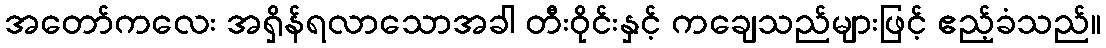
အတော်ကလေး အရှိန်ရလာသောအခါ တီးဝိုင်းနှင့် ကချေသည်များဖြင့် ဧည့်ခံသည်။